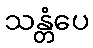
သန္တံပေ